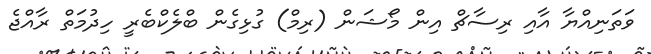
ވަތަނިއްޔާ އާއި ރިސާޗް އިން މޯޝަން (ރިމް) ގުޅިގެން ބްލެކްބެރީ ހިދުމަތް ރާއްޖެ